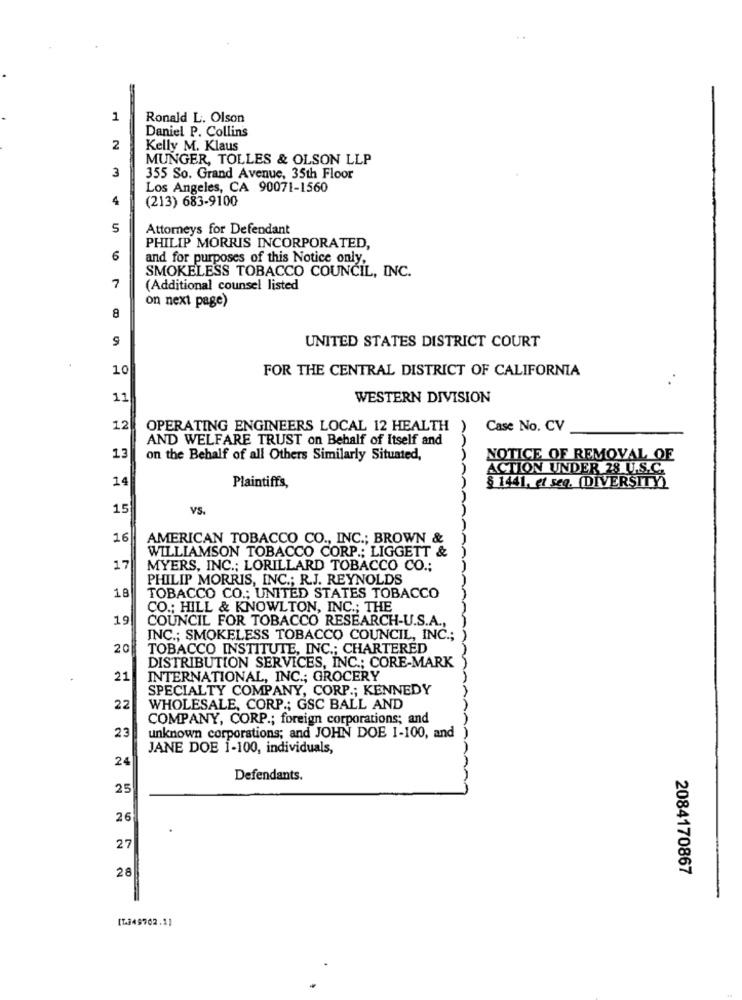
1
Ronald L. Olson
Daniel P. Collins
2
Kelly M. Klaus
MUNGER, TOLLES & OLSON LLP
3
355 So. Grand Avenue, 35th Floor
Los Angeles, CA 90071-1560
4
(213) 683-9100
5
Attorneys for Defendant
PHILIP MORRIS INCORPORATED,
6
and for purposes of this Notice only,
SMOKELESS TOBACCO COUNCIL, INC.
7
(Additional counsel listed
on next page)
8
UNITED STATES DISTRICT COURT
10
FOR THE CENTRAL DISTRICT OF CALIFORNIA
11
WESTERN DIVISION
12
OPERATING ENGINEERS LOCAL 12 HEALTH
Case No. CV
AND WELFARE TRUST on Behalf of Itself and
13
on the Behalf of all Others Similarly Situated,
NOTICE OF REMOVAL OF
ACTION UNDER 28 U.S.C.
14
Plaintiffs,
§ 1441, et seq. (DIVERSITY)
15
VS.
16
AMERICAN TOBACCO CO ., INC .; BROWN &
WILLIAMSON TOBACCO CORP .; LIGGETT &
17
MYERS, INC .; LORILLARD TOBACCO CO .;
PHILIP MORRIS, INC .; R.J. REYNOLDS
18
TOBACCO CO .; UNITED STATES TOBACCO
CO .; HILL & KNOWLTON, INC .; THE
19
COUNCIL FOR TOBACCO RESEARCH-U.S.A .,
INC .; SMOKELESS TOBACCO COUNCIL, INC .;
20
TOBACCO INSTITUTE, INC .; CHARTERED
DISTRIBUTION SERVICES, INC .; CORE-MARK
21
INTERNATIONAL, INC .; GROCERY
SPECIALTY COMPANY, CORP .; KENNEDY
22
WHOLESALE, CORP .; GSC BALL AND
COMPANY, CORP .; foreign corporations; and
23
unknown corporations; and JOHN DOE 1-100, and
AA
JANE DOE 1-100, individuals,
24
Defendants.
25
26
27
28
2084170867
[1349702.1]